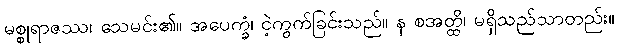
မစ္စုရာဇဿ၊ သေမင်း၏။ အပေက္ခံ၊ ငဲ့ကွက်ခြင်းသည်။ န စအတ္ထိ၊ မရှိသည်သာတည်း။